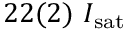
2 2 ( 2 ) ~ I _ { \mathrm { s a t } }